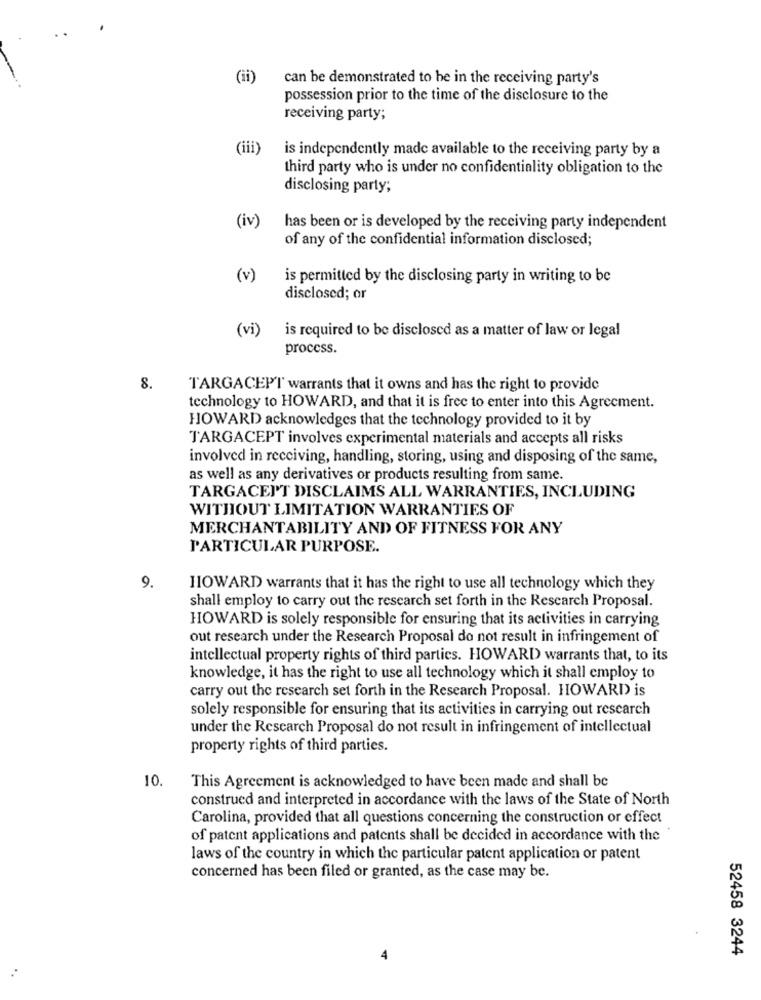
(ii)
can be demonstrated to be in the receiving party's
possession prior to the time of the disclosure to the
receiving party;
(iii)
is independently made available to the receiving party by a
third party who is under no confidentiality obligation to the
disclosing party;
(iv)
has been or is developed by the receiving party independent
of any of the confidential information disclosed;
(v)
is permitted by the disclosing party in writing to be
disclosed; or
is required to be disclosed as a matter of law or legal
(vi)
process.
8.
TARGACEPT warrants that it owns and has the right to provide
technology to HOWARD, and that it is free to enter into this Agreement.
HOWARD acknowledges that the technology provided to it by
TARGACEPT involves experimental materials and accepts all risks
involved in receiving, handling, storing, using and disposing of the same,
as well as any derivatives or products resulting from same.
TARGACEP'T DISCLAIMS ALL WARRANTIES, INCLUDING
WITHOUT LIMITATION WARRANTIES OF
MERCHANTABILITY AND OF FITNESS FOR ANY
PARTICULAR PURPOSE.
9.
HOWARD warrants that it has the right to use all technology which they
shall employ to carry out the research set forth in the Research Proposal.
HOWARD is solely responsible for ensuring that its activities in carrying
out research under the Research Proposal do not result in infringement of
intellectual property rights of third parties. HOWARD warrants that, to its
knowledge, it has the right to use all technology which it shall employ to
carry out the research set forth in the Research Proposal. HOWARD is
solely responsible for ensuring that its activities in carrying out rescarch
under the Research Proposal do not result in infringement of intellectual
property rights of third parties.
10.
This Agreement is acknowledged to have been made and shall be
construed and interpreted in accordance with the laws of the State of North
Carolina, provided that all questions concerning the construction or effect
of patent applications and patents shall be decided in accordance with the
laws of the country in which the particular patent application or patent
concerned has been filed or granted, as the case may be.
52458 3244